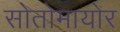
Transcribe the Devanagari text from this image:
सोतोमायोर